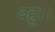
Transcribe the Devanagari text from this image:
बहू।।